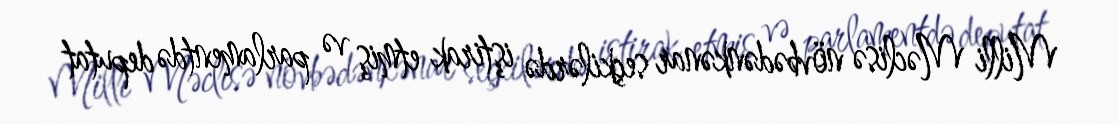
Milli Məclisə növbədənkənar seçkilərdə iştirak etmiş və parlamentdə deputat